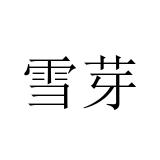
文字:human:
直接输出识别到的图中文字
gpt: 雪芽